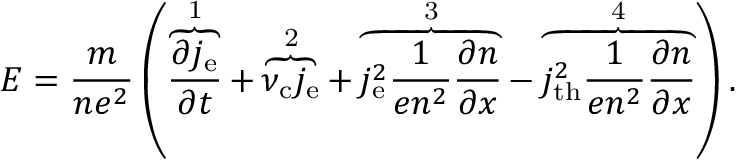
E = \frac { m } { n e ^ { 2 } } \left( \overbrace { \frac { \partial j _ { \mathrm { e } } } { \partial t } } ^ { \mathrm { ~ 1 ~ } } + \overbrace { \nu _ { \mathrm { c } } j _ { \mathrm { e } } } ^ { \mathrm { ~ 2 ~ } } + \overbrace { j _ { \mathrm { e } } ^ { 2 } \frac { 1 } { e n ^ { 2 } } \frac { \partial n } { \partial x } } ^ { \mathrm { ~ 3 ~ } } - \overbrace { j _ { \mathrm { t h } } ^ { 2 } \frac { 1 } { e n ^ { 2 } } \frac { \partial n } { \partial x } } ^ { \mathrm { ~ 4 ~ } } \right) .